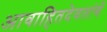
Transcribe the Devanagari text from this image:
आवाहितदेवतांचें